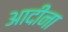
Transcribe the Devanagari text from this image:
आदीना